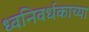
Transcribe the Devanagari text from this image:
ध्वनिवर्धकाच्या